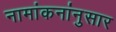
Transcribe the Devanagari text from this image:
नामांकनांनुसार